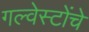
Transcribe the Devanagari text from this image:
गल्वेस्टोंचे